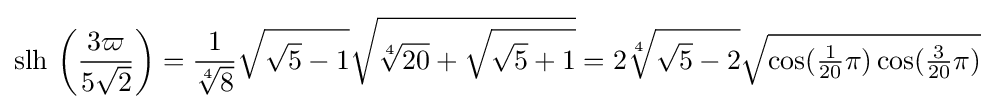
\operatorname {slh} \,\left({\frac {3\varpi }{5{\sqrt {2}}}}\right)={\frac {1}{\sqrt[{4}]{8}}}{\sqrt {{\sqrt {5}}-1}}{\sqrt {{\sqrt[{4}]{20}}+{\sqrt {{\sqrt {5}}+1}}}}=2{\sqrt[{4}]{{\sqrt {5}}-2}}{\sqrt {\cos({\tfrac {1}{20}}\pi )\cos({\tfrac {3}{20}}\pi )}}